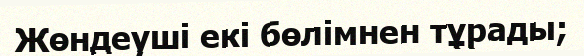
Жөндеуші екі бөлімнен тұрады;